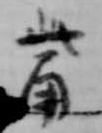
觜